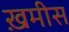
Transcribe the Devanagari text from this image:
ख़मीस